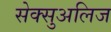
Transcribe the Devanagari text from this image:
सेक्सुअलिज